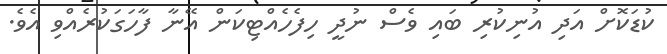
ކުޑަކޮށް އަދި އުނިކުރި ބައި ވެސް ނުދީ ހިފެހެއްޓިކަން އޭނާ ފާހަގަކުރެއްވި އެވެ.